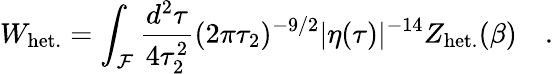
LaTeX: W_{\mathrm{het.}}=\int_{\cal F}{\frac{d^{2}\tau}{4\tau_{2}^{2}}}(2\pi\tau_{2})^{-9/2}|\eta(\tau)|^{-14}Z_{\mathrm{het.}}(\beta)\quad.